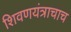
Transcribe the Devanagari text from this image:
शिवणयंत्राचाच